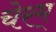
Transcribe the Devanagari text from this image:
चेरम्